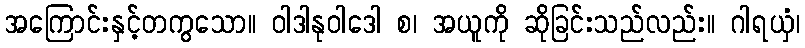
အကြောင်းနှင့်တကွသော။ ဝါဒါနုဝါဒေါ စ၊ အယူကို ဆိုခြင်းသည်လည်း။ ဂါရယှံ၊